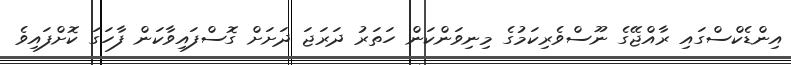
އިންޑެކްސްގައި ރާއްޖޭގެ ނޫސްވެރިކަމުގެ މިނިވަންކަން ހަތަރު ދަރަޖަ ދަށަށް ގޮސްފައިވާކަން ފާހަގަ ކޮށްފައިވެ